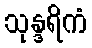
သုန္ဒရိကံ